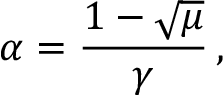
\alpha = \frac { 1 - \sqrt { \mu } } { \gamma } \, ,